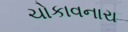
ચોકાવનારા